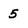
Character: 5